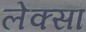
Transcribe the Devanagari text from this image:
लेक्सा